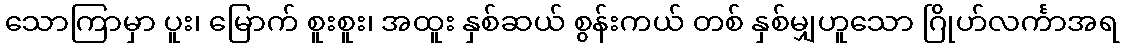
သောကြာမှာ ပူး၊ မြောက် စူးစူး၊ အထူး နှစ်ဆယ် စွန်းကယ် တစ် နှစ်မျှဟူသော ဂြိုဟ်လင်္ကာအရ